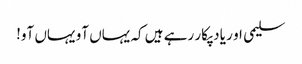
سلیمی او ر یاد پکار رہے ہیں کہ یہاں آو یہاں آو!